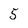
Character: 5